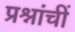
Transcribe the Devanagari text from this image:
प्रश्नांचीं